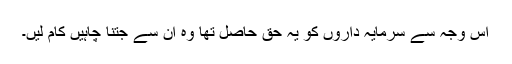
اس وجہ سے سرمایہ داروں کو یہ حق حاصل تھا وہ ان سے جتنا چاہیں کام لیں۔